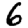
Digit: 6